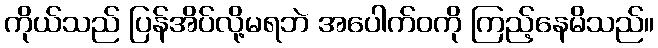
ကိုယ်သည် ပြန်အိပ်လို့မရဘဲ အပေါက်ဝကို ကြည့်နေမိသည်။